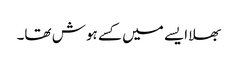
بھلا ایسے میں کسے ہوش تھا۔